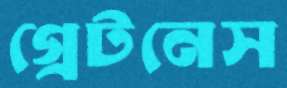
গ্রেটনেস